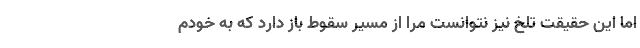
اما این حقیقت تلخ نیز نتوانست مرا از مسیر سقوط باز دارد که به خودم